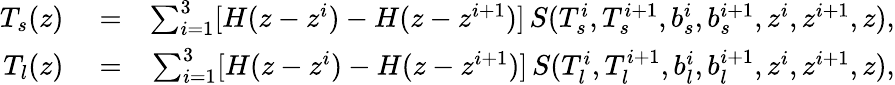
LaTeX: \begin{array}{rlr}{T_{s}(z)}&{{}=}&{\sum_{i=1}^{3}[H(z-z^{i})-H(z-z^{i+1})]\, S(T_{s}^{i},T_{s}^{i+1},b_{s}^{i},b_{s}^{i+1},z^{i},z^{i+1},z),}\\ {T_{l}(z)}&{{}=}&{\sum_{i=1}^{3}[H(z-z^{i})-H(z-z^{i+1})]\, S(T_{l}^{i},T_{l}^{i+1},b_{l}^{i},b_{l}^{i+1},z^{i},z^{i+1},z),}\end{array}